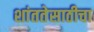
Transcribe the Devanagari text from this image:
शांततेसाठीचा